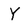
Character: Y